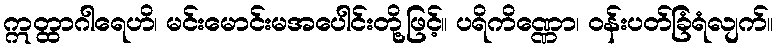
ဣတ္ထာဂါရေဟိ၊ မင်းမောင်းမအပေါင်းတို့ဖြင့်။ ပရိကိဏ္ဏော၊ ဝန်းပတ်ခြံရံလျက်။